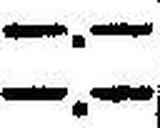
—.—